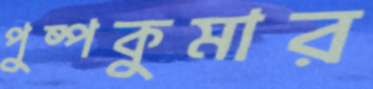
পুষ্পকুমার